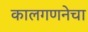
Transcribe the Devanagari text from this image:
कालगणनेचा